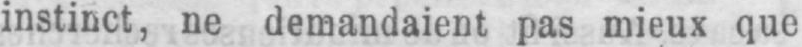
instinct, ne demandaient pas mieux que